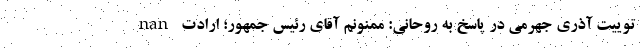
nan توییت آذری جهرمی در پاسخ به روحانی: ممنونم آقای رئیس جمهور؛ ارادت